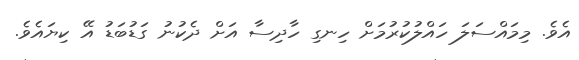
އެވެ. މިމައްސަލަ ހައްލުކުރުމަށް ހިނގި ހާދިސާ އަށް ދެކުނު ގަޑުބަޑު އޭ ކިޔައެވެ.